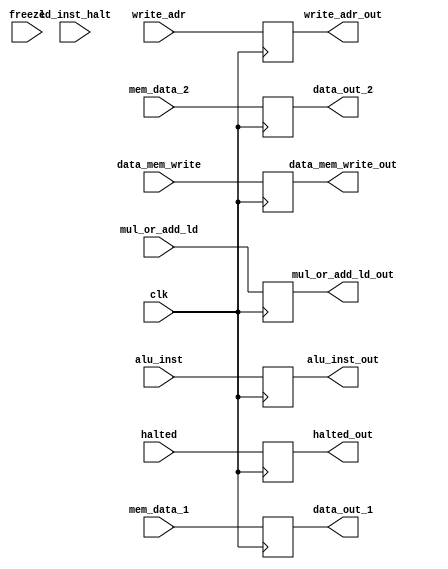
module ld(

input ld_inst_halt,
input halted,
input [5:0] write_adr,
input [1:0] alu_inst,
input [7:0] mem_data_1,
input [7:0] mem_data_2,
input freeze,
input clk,
input data_mem_write,
input mul_or_add_ld,

output reg halted_out,
output reg [5:0] write_adr_out,
output reg [1:0] alu_inst_out,
output reg [7:0] data_out_1,
output reg [7:0] data_out_2,
output reg data_mem_write_out,
output reg mul_or_add_ld_out
);

always @(posedge clk) begin
      write_adr_out = write_adr;
      alu_inst_out = alu_inst;
      data_out_1 = mem_data_1;
      data_out_2 = mem_data_2;
      halted_out = halted;
      data_mem_write_out = data_mem_write;
      mul_or_add_ld_out = mul_or_add_ld;
end


endmodule